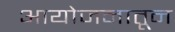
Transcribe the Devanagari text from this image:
आयोजनातून